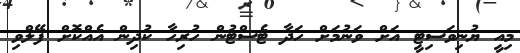
މިއީ ޔުނިވަސިޓީ އަށް ވަނުމަށް ހަދާ ޓެސްޓުން ހުރިހާ ކުދިން އެއްކޮށް ފޭލްވި